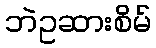
ဘဲဥဆားစိမ်